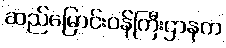
ဆည်မြောင်းဝန်ကြီးဌာနက